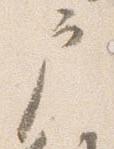
戸